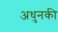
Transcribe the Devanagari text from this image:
अधुनकी